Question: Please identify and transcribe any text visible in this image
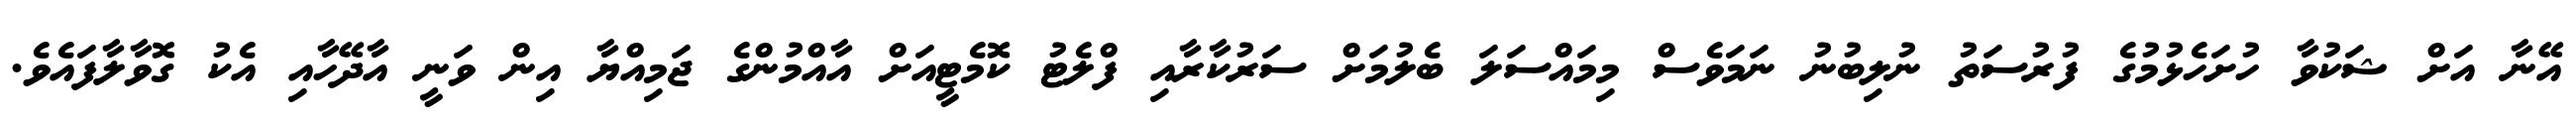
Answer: އޭނާ އަށް ޝަކުވާ ހުށަހެޅުމުގެ ފުރުސަތު ނުލިބުނު ނަމަވެސް މިމައްސަލަ ބެލުމަށް ސަރުކާރާއި ފްލެޓު ކޮމެޓީއަށް އާއްމުންގެ ޖަމިއްޔާ އިން ވަނީ އާދޭހާއި އެކު ގޮވާލާފައެވެ.